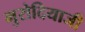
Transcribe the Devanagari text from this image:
मुरोदियाजी